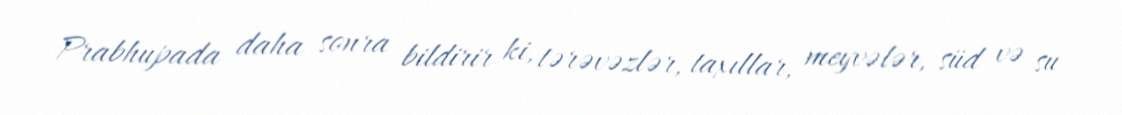
Prabhupada daha sonra bildirir ki, tərəvəzlər, taxıllar, meyvələr, süd və su